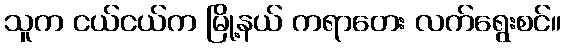
သူက ငယ်ငယ်က မြို့နယ် ကရာတေး လက်ရွေးစင်။